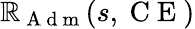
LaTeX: \mathbb{R}_{\mathrm{{~A~d~m~}}}(s,\mathrm{{~C~E~}})